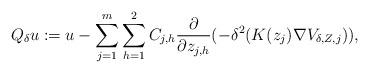
LaTeX: \begin{align*}Q_\delta u:=u-\sum_{j=1}^m\sum_{h=1}^2C_{j,h}\frac{\partial}{\partial z_{j,h}}(-\delta^2(K(z_j)\nabla V_{\delta, Z,j})),\end{align*}